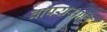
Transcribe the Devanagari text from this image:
वापरासाठि